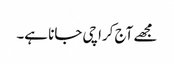
مجھے آج کراچی جانا ہے۔